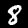
Label: 8